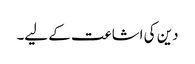
دین کی اشاعت کے لیے۔